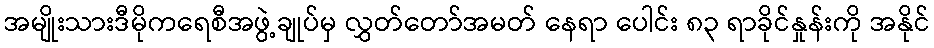
အမျိုးသားဒီမိုကရေစီအဖွဲ့ချုပ်မှ လွှတ်တော်အမတ် နေရာ ပေါင်း ၈၃ ရာခိုင်နှုန်းကို အနိုင်